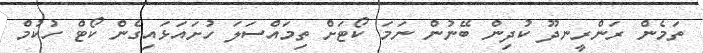
ތަމެން ރަންރީނދޫ ކުދިން ބޭނުން ނަމަ ކޯޓަށް ތިމައްސަލަ ހުށައަޅައިގެން ކޯޓް ހުކުމް